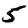
Digit: 5